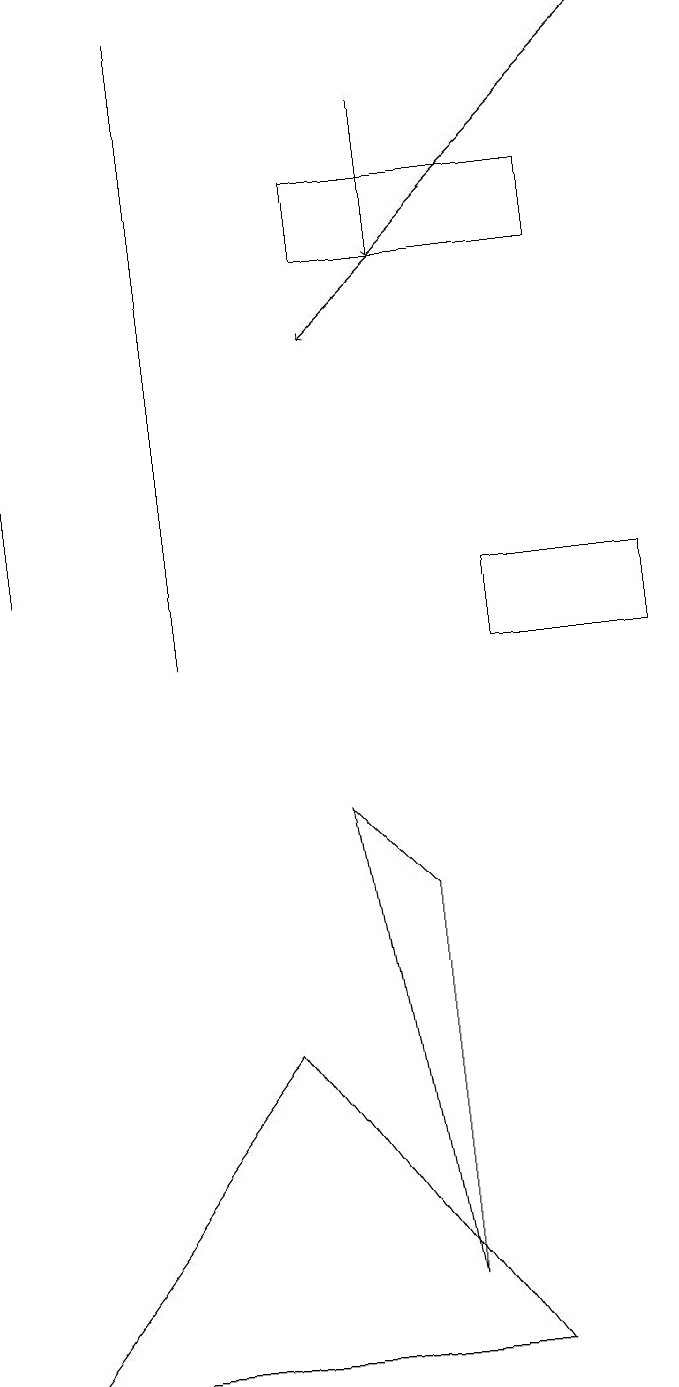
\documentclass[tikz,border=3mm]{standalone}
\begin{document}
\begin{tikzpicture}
\draw (4,5) -- (1,1) -- (7,1) -- cycle;
\draw (6,2) -- (5,8) -- (6,7) -- cycle;
\draw (8,15) rectangle (5,16);
\draw[->] (9,18) -- (5,14);
\draw[->] (6,17) -- (6,15);
\draw (1,11) rectangle (1,14);
\draw (3,18) rectangle (3,10);
\draw (7,10) rectangle (9,11);
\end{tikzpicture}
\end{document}